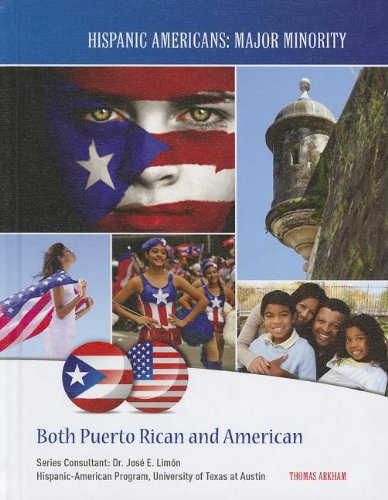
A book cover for Both Puerto Rican and American (Hispanic Americans: Major Minority); Thomas Arkham; Children's Books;